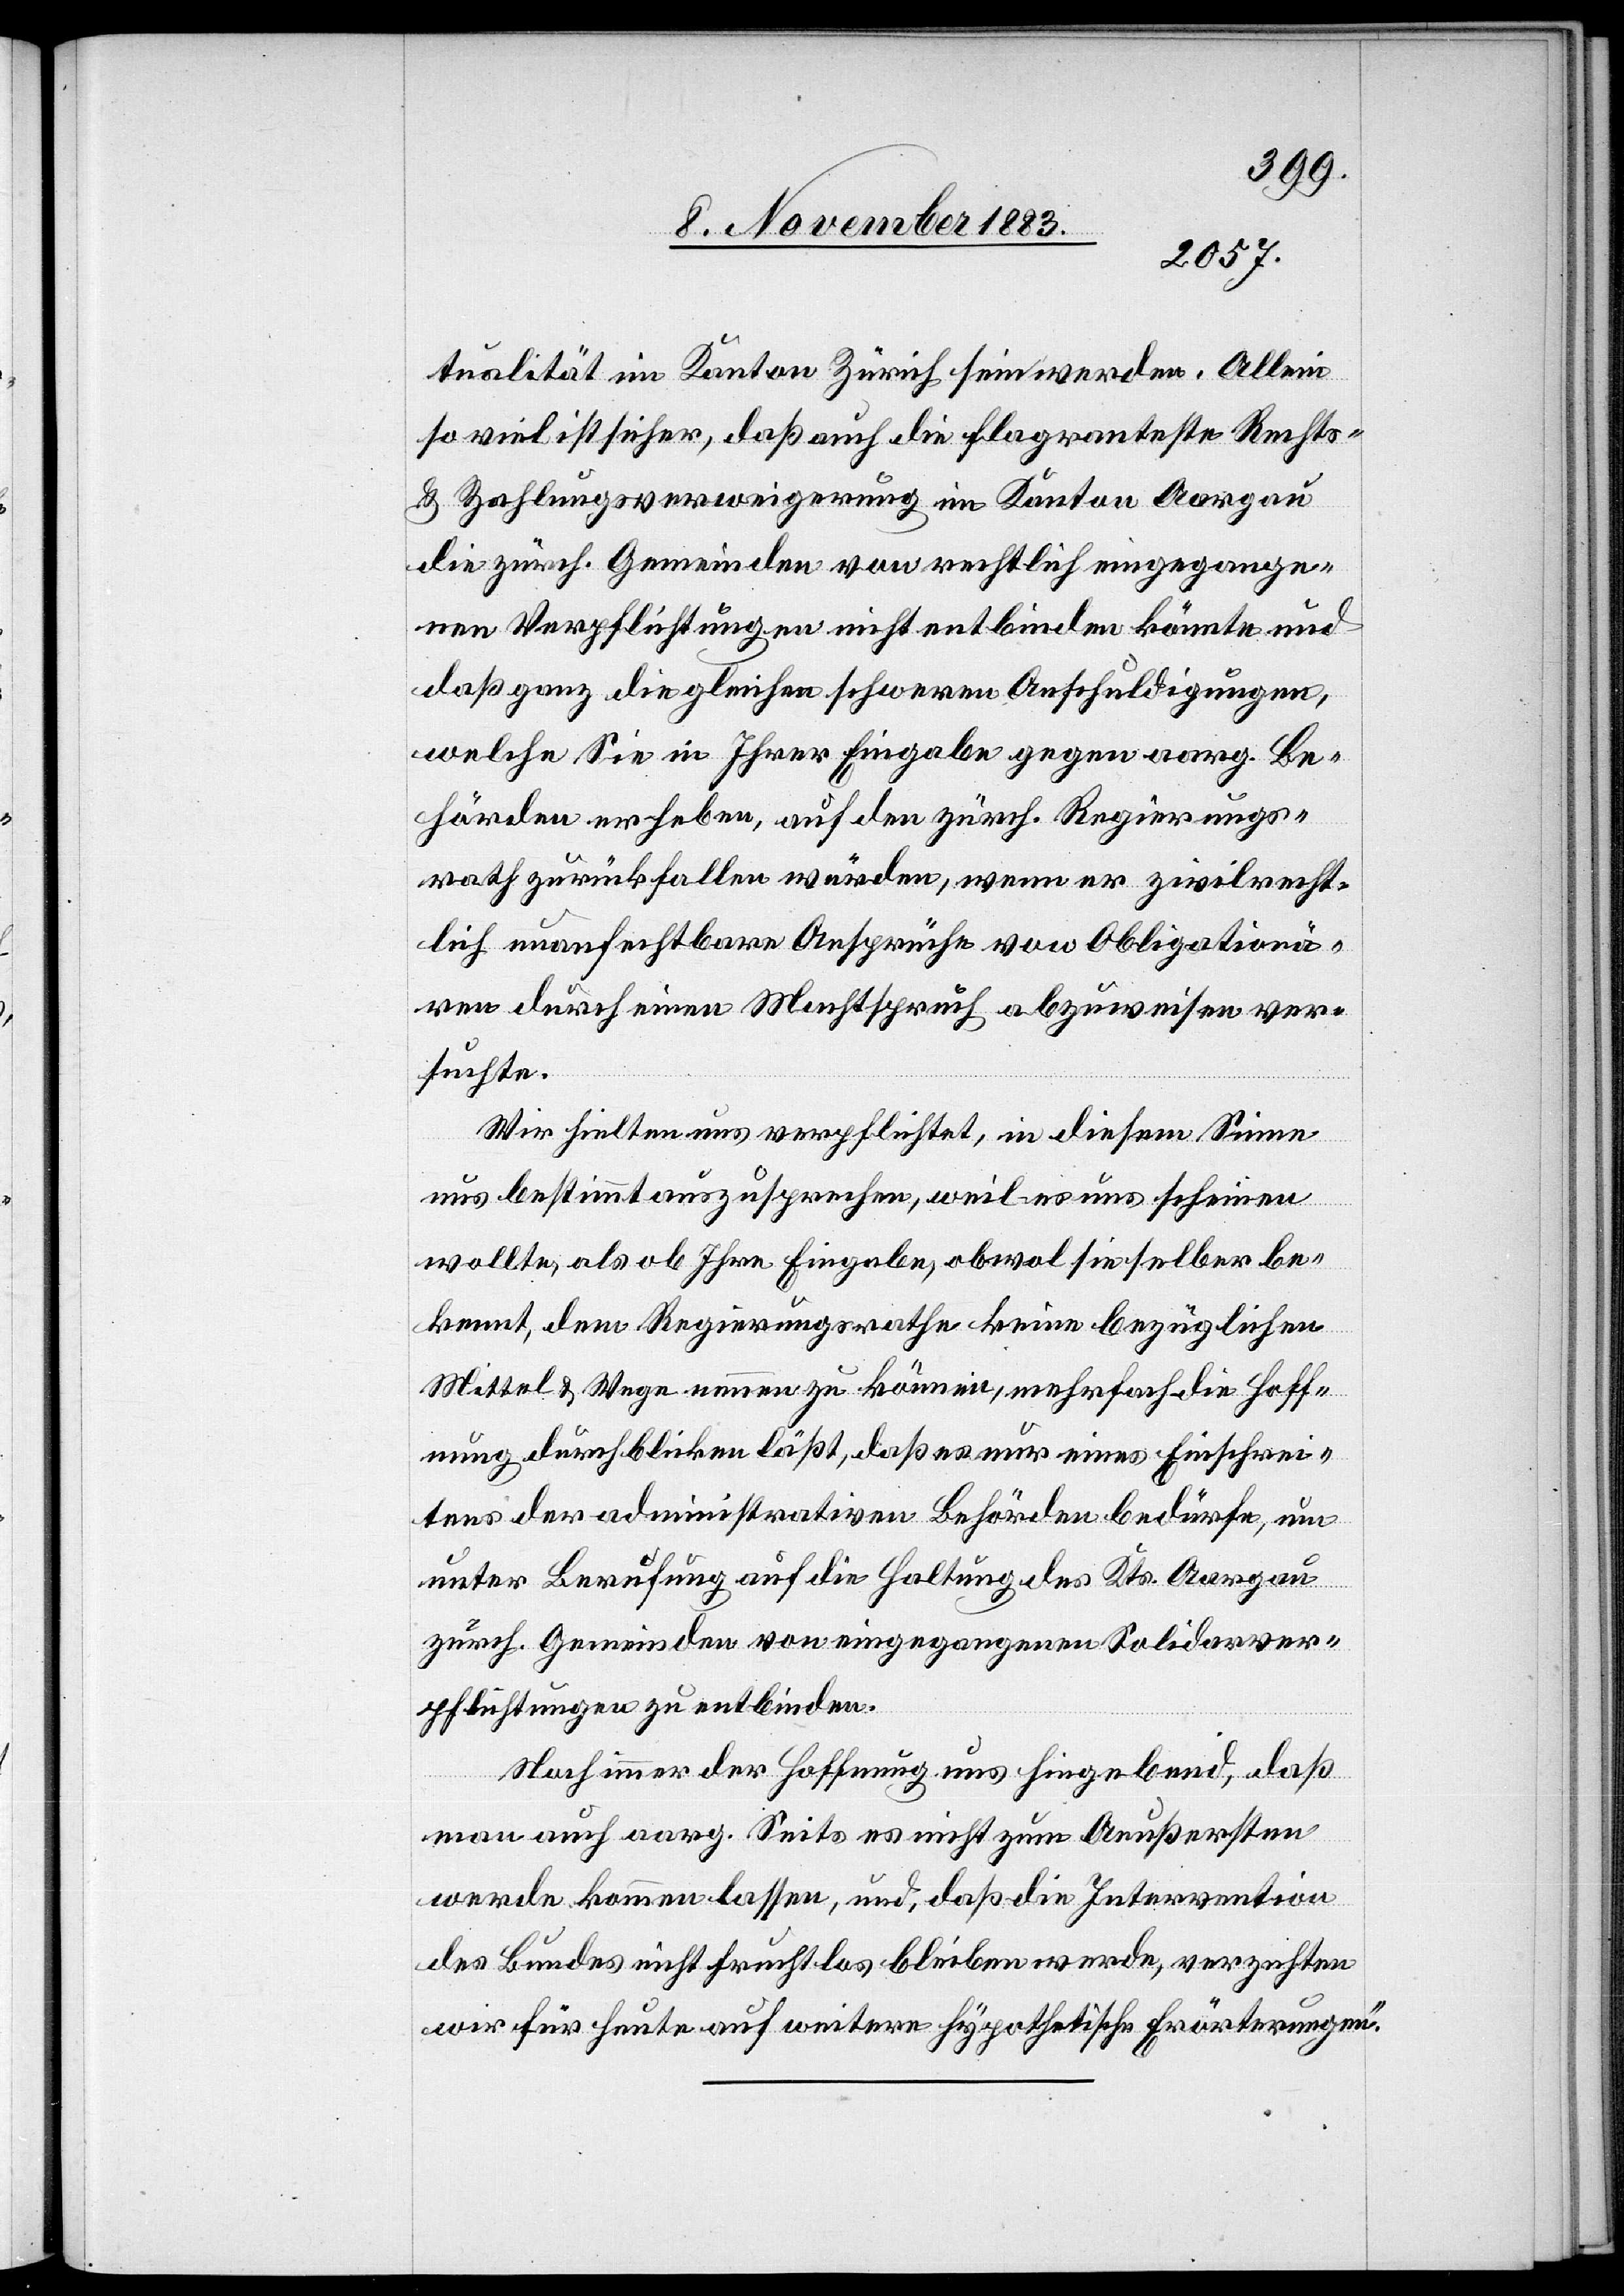
tualität im Kanton Zürich sein werden. Allein
so viel ist sicher, daß auch die flagranteste Rechts-
& Zahlungsverweigerung im Kanton Aargau
die zürch. Gemeinden von rechtlich eingegange¬
nen Verpflichtungen nicht entbinden könnte und
daß ganz die gleichen schweren Anschuldigungen,
welche Sie in Ihrer Eingabe gegen aarg. Be¬
hörden erheben, auf den zürch. Regierungs¬
rath zurückfallen würden, wenn er zivilrecht¬
lich unanfechtbare Ansprüche von Obligationä¬
ren durch einen Machtspruch abzuweisen ver¬
suchte.
Wir hielten uns verpflichtet, in diesem Sinne
uns bestimmt auszusprechen, weil es uns scheinen
wollte, als ob Ihre Eingabe, obwol sie selber be¬
kennt, dem Regierungsrathe keine bezüglichen
Mittel & Wege nennen zu können, mehrfach die Hoff¬
nung durchblicken läßt, daß es nur eines Einschrei¬
tens der administrativen Behörden bedürfe, um
unter Berufung auf die Haltung des Kts. Aargau
zürch. Gemeinden von eingegangenen Solidarver¬
pflichtungen zu entbinden.
Noch immer der Hoffnung uns hingebend, daß
man auch aarg. Seits es nicht zum Aeußersten
werde kommen lassen, und, daß die Intervention
des Bundes nicht fruchtlos bleiben werde, verzichten
wir für heute auf weitere hypothetische Erörterungen.“